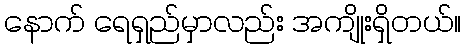
နောက် ရေရှည်မှာလည်း အကျိုးရှိတယ်။